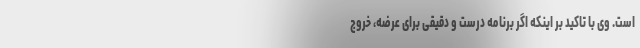
است. وی با تاکید بر اینکه اگر برنامه درست و دقیقی برای عرضه، خروج